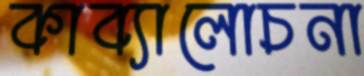
কাব্যালোচনা